Reports on military cantonments and civil stations in the Presidency of Bombay inspected by the Sanitary Commissioner in the years 1875 and 1876
Year: 1875
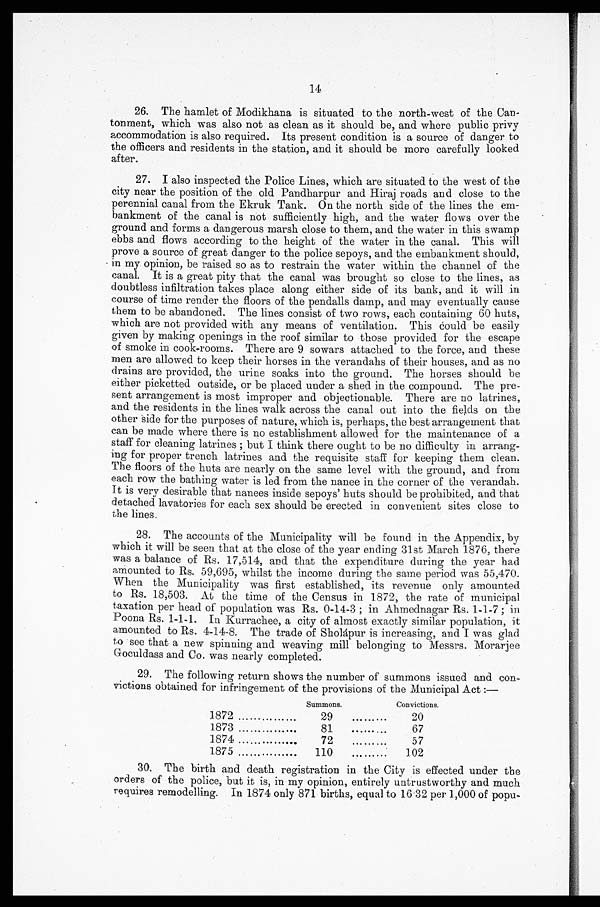
14
26. The hamlet of Modikhana is situated to the north-west of the Can
- t o n m e n t , w h i c h w a s a l s o n o t a s c l e a n a s i t s h o u l d b e , a n d w h e r e p u b l i c p r i v y
accommodation is also required. Its present condition is a source of danger to
the officers and residents in the station, and it should be more carefully looked
after.
27. I also inspected the Police Lines, which are situated to the west of the
city near the position of the old Pandharpur and Hiraj roads and close to the
perennial canal from the Ekruk Tank. On the north side of the lines the em
- b a n k m e n t o f t h e c a n a l i s n o t s u f f i c i e n t l y h i g h , a n d t h e w a t e r f l o w s o v e r t h e
ground and forms a dangerous marsh close to them, and the water in this swamp
ebbs and flows according to the height of the water in the canal. This will
prove a source of great danger to the police sepoys, and the embankment should,
in my opinion, be raised so as to restrain the water within the channel of the
canal. It is a great pity that the canal was brought so close to the lines, as
doubtless infiltration takes place along either side of its bank, and it will in
course of time render the floors of the pendalls damp, and may eventually cause
them to be abandoned. The lines consist of two rows, each containing 60 huts,
which are not provided with any means of ventilation. This Could be easily
given by making openings in the roof similar to those provided for the escape
of smoke in cook-rooms. There are 9 sowars attached to the force, and these
men are allowed to keep their horses in the verandahs of their houses, and as no
drains are provided, the urine soaks into the ground. The horses should be
either picketted outside, or be placed under a shed in the compound. The pre
- s e n t a r r a n g e m e n t i s m o s t i m p r o p e r a n d o b j e c t i o n a b l e . T h e r e a r e n o l a t r i n e s ,
and the residents in the lines walk across the canal out into the fields on the
other side for the purposes of nature, which is, perhaps, the best arrangement that
can be made where there is no establishment allowed for the maintenance of a
staff for cleaning latrines; but I think there ought to be no difficulty in arrang
- i n g f o r p r o p e r t r e n c h l a t r i n e s a n d t h e r e q u i s i t e s t a f f f o r k e e p i n g t h e m c l e a n .
The floors of the huts are nearly on the same level with the ground, and from
each row the bathing water is led from the name in the corner of the verandah.
It is very desirable that nanees inside sepoys' huts should be prohibited, and that
detached lavatories for each sex should be erected in convenient sites close to
the lines.
28. The accounts of the Municipality will be found in the Appendix, by
which it will be seen that at the close of the year ending 31st March 1876, there
was a balance of Rs. 17,514, and that the expenditure during the year had
amounted to Rs. 59,695, whilst the income during the same period was 55,470.
When the Municipality was first established, its revenue only amounted
to Rs. 18,503. At the time of the Census in 1872, the rate of municipal
taxation per head of population was Rs. 0-14-3; in Ahmednagar Rs. 1-1-7; in
Poona Rs. 1-1-1. In Kurrachee, a city of almost exactly similar population, it
amounted to Rs. 4-14-8. The trade of Sholápur is increasing, and I was glad
to see that a new spinning and weaving mill belonging to Messrs. Morarjee
Goculdass and Co. was nearly completed.
29. The following return shows the number of summons issued and con
-victions obtained for infringement of the provisions of the Municipal Act:—
Summons.
Convictions.
1872 . . .
29 . . .
20
1873 . . .
81 . . .
67
1874 . . .
72 . . .
57
1875 . . .
110 . . .
102
30. The birth and death registration in the City is effected under the
orders of the police, but it is, in my opinion, entirely untrustworthy and much
requires remodelling. In 1874 only 871 births, equal to 16.32 per 1,000 of popu
-